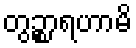
တွဉ္စာရဟာမိ